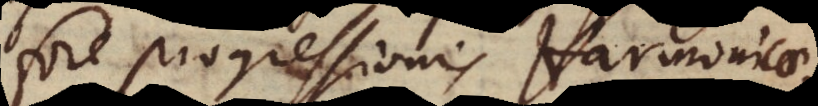
fore progressionis Harmonicae.